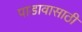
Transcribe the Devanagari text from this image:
पाडावासाठी